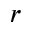
r